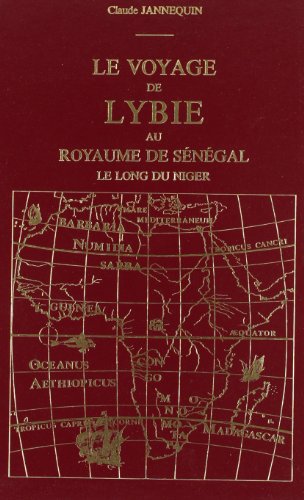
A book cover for Le voyage de Lybie au royaume de Senegal le long du Niger (Bibliotheque africaine) (French Edition); Claude Jannequin; Travel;